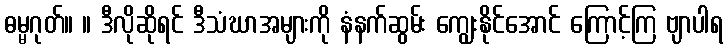
ဓမ္မဂုတ်။ ။ ဒီလိုဆိုရင် ဒီသံဃာအများကို နံနက်ဆွမ်း ကျွေးနိုင်အောင် ကြောင့်ကြ ဗျာပါရ